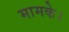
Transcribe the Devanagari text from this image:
मामके।